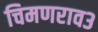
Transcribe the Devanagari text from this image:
चिमणराव३